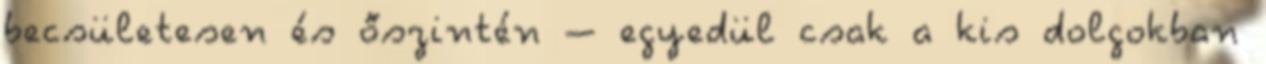
becsületesen és őszintén – egyedül csak a kis dolgokban